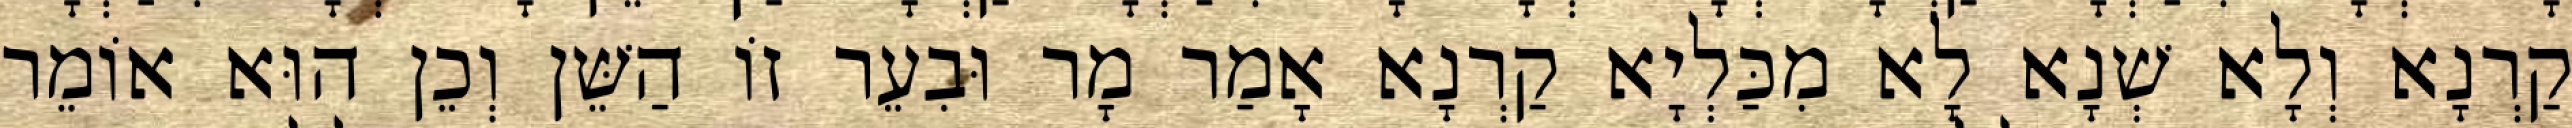
קַרְנָא וְלָא שְׁנָא לָא מִכַּלְיָא קַרְנָא אָמַר מָר וּבִעֵר זוֹ הַשֵּׁן וְכֵן הוּא אוֹמֵר